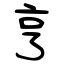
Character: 亨